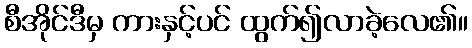
စီအိုင်ဒီမှ ကားနှင့်ပင် ထွက်၍လာခဲ့လေ၏။